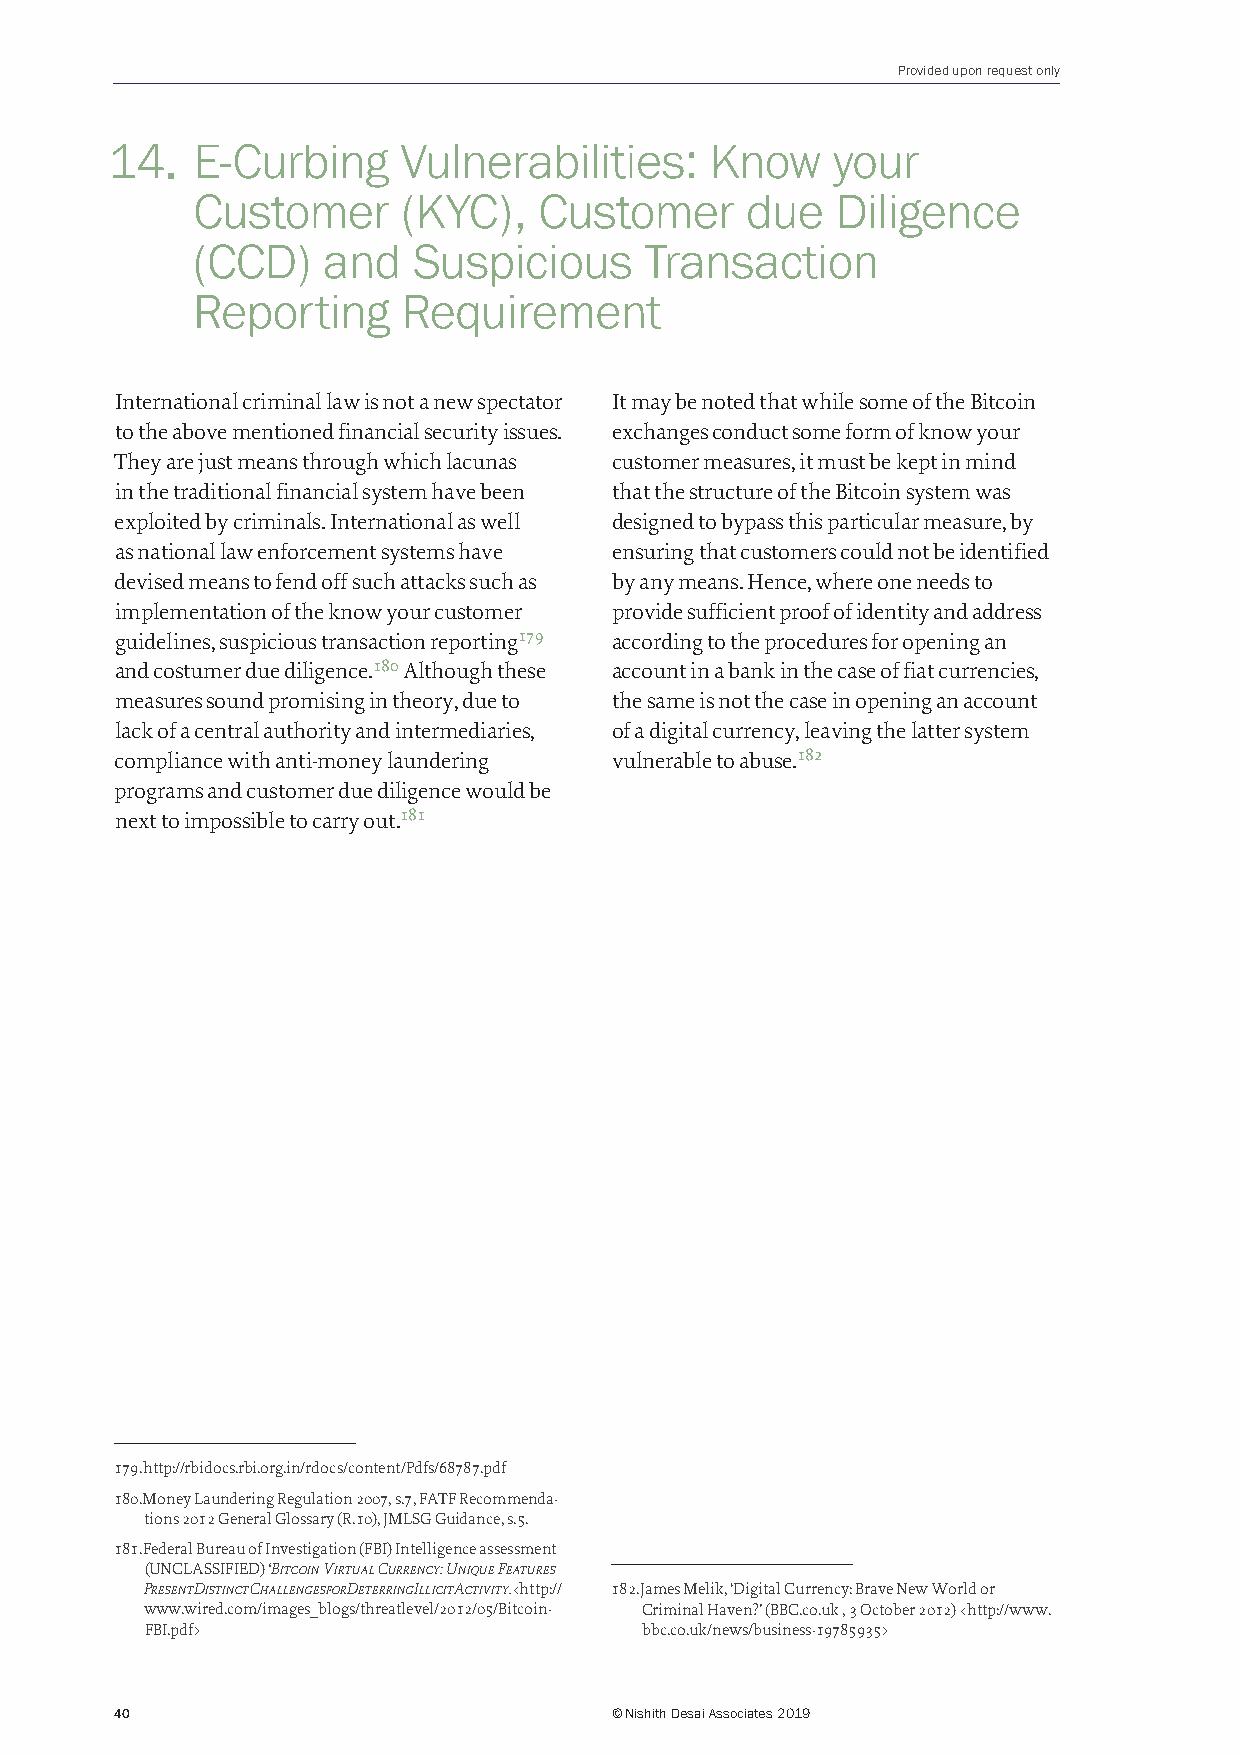
Provided upon request only
 14.   E-Curbing    Vulnerabilities:     Know    your
 Customer      (KYC),   Customer     due   Diligence
 (CCD)   and   Suspicious      Transaction
 Reporting     Requirement
 International criminal law is not a new spectator It may be noted that while some of the Bitcoin
 to the above mentioned financial security issues. exchanges conduct some form of know your
 They are just means through which lacunas customer measures, it must be kept in mind
 in the traditional financial system have been that the structure of the Bitcoin system was
 exploited by criminals. International as well designed to bypass this particular measure, by
 as national law enforcement systems have ensuring that customers could not be identified
 devised means to fend off such attacks such as by any means. Hence, where one needs to
 implementation of the know your customer provide sufficient proof of identity and address
 guidelines, suspicious transaction reporting179 according to the procedures for opening an
 and costumer due diligence.180 Although these account in a bank in the case of fiat currencies,
 measures sound promising in theory, due to the same is not the case in opening an account
 lack of a central authority and intermediaries, of a digital currency, leaving the latter system
 compliance with anti-money laundering vulnerable to abuse.182
 programs and customer due diligence would be
 next to impossible to carry out.181
 179. http://rbidocs.rbi.org.in/rdocs/content/Pdfs/68787.pdf
 180. Money Laundering Regulation 2007, s.7, FATF Recommenda-
 tions 2012 General Glossary (R.10), JMLSG Guidance, s.5.
 181. Federal Bureau of Investigation (FBI) Intelligence assessment
 (UNCLASSIFIED) ‘Bitcoin Virtual Currency: Unique Features
 Present Distinct Challenges for Deterring Illicit Activity. <http:// 182. James Melik, ‘Digital Currency: Brave New World or
 www.wired.com/images_blogs/threatlevel/2012/05/Bitcoin- Criminal Haven?’ (BBC.co.uk , 3 October 2012) <http://www.
 FBI.pdf>                        bbc.co.uk/news/business-19785935>
 40                              © Nishith Desai Associates 2019